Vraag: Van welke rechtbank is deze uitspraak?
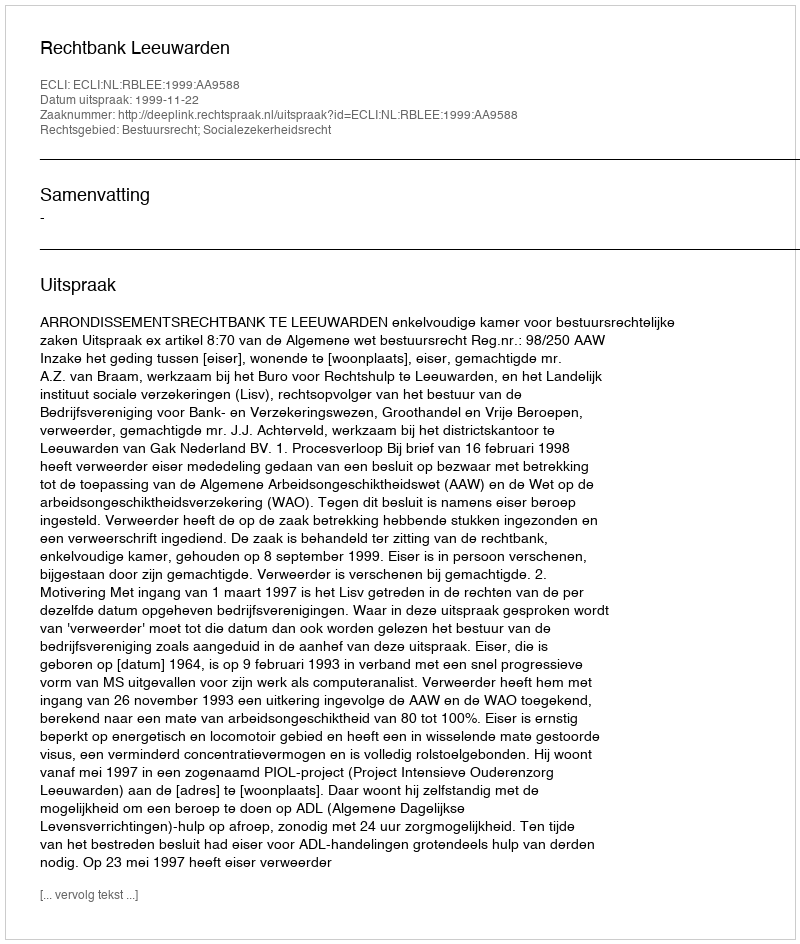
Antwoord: Rechtbank Leeuwarden